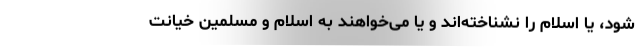
شود، يا اسلام را نشناخته‌اند و يا مى‌خواهند به اسلام و مسلمين خيانت